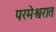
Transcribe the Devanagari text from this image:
परमेश्वरात